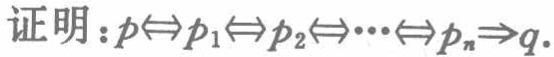
证明：\(p\Leftrightarrow p_1\Leftrightarrow p_2\Leftrightarrow\cdots\Leftrightarrow p_n\Rightarrow q\)